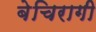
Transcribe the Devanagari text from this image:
बेचिरागी